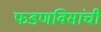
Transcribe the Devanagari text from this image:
फडणविसांची